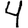
Digit: 4